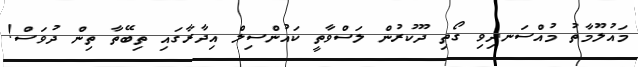
މައުލޫމާތު މުއްސަނދިވި ގޯތި ދޫކުރުން ލަސްވާތީ ކައުންސިލް އިދާރާގައި ތިބޭތާ ތިން ދުވަސް!